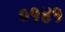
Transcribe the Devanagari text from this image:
०१४१